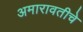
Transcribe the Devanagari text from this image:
अमारावतीचे